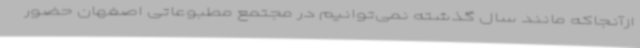
ازآنجاکه مانند سال گذشته نمی‌توانیم در مجتمع مطبوعاتی اصفهان حضور